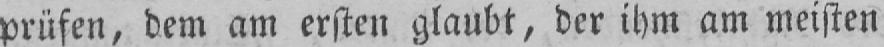
prüfen, dem am ersten glaubt, der ihm am meisten